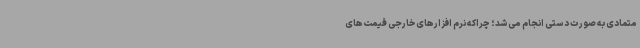
متمادی به صورت دستی انجام می‌شد؛ چراکه نرم افزارهای خارجی قیمت‌های